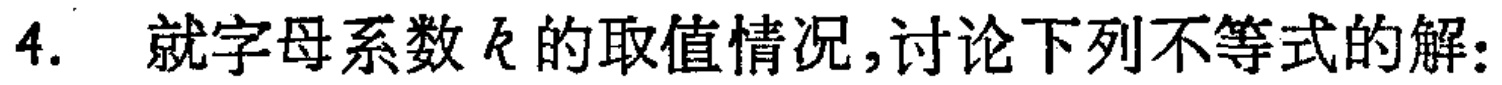
4. 就字母系数 \(k\) 的取值情况,讨论下列不等式的解: